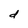
Character: d